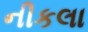
નીકલા